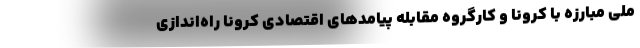
ملی مبارزه با کرونا و کارگروه مقابله پیامدهای اقتصادی کرونا راه‌اندازی